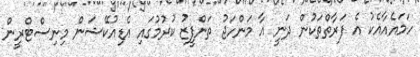
ހަމައެއާއެކު އެ ފަރާތްތަކުން ދަނީ އާ މަންހަޖު ތަންފީޒު ކުރުމުގައި އެޑިއުކޭޝަން މިނިސްޓްރީން